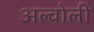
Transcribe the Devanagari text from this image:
अल्वोली